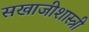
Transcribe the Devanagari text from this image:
सखाजीशास्त्री